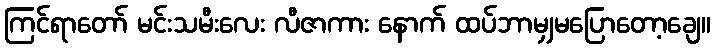
ကြင်ရာတော် မင်းသမီးလေး လီဇာကား နောက် ထပ်ဘာမျှမပြောတော့ချေ။